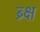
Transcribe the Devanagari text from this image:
ब्र्क्ष